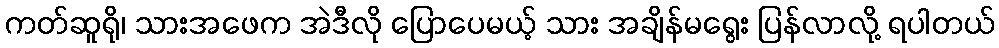
ကတ်ဆူရို၊ သားအဖေက အဲဒီလို ပြောပေမယ့် သား အချိန်မရွေး ပြန်လာလို့ ရပါတယ်